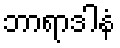
ဘာရာဒါနံ